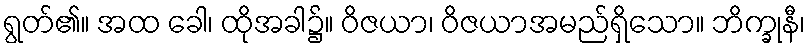
ရွတ်၏။ အထ ခေါ၊ ထိုအခါ၌။ ဝိဇယာ၊ ဝိဇယာအမည်ရှိသော။ ဘိက္ခုနီ၊